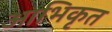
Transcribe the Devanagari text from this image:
आभिकृत